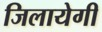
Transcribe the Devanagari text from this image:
जिलायेगी